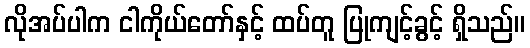
လိုအပ်ပါက ငါကိုယ်တော်နှင့် ထပ်တူ ပြုကျင့်ခွင့် ရှိသည်။